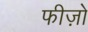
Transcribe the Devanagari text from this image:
फीज़ो